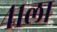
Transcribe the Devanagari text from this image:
४१ला